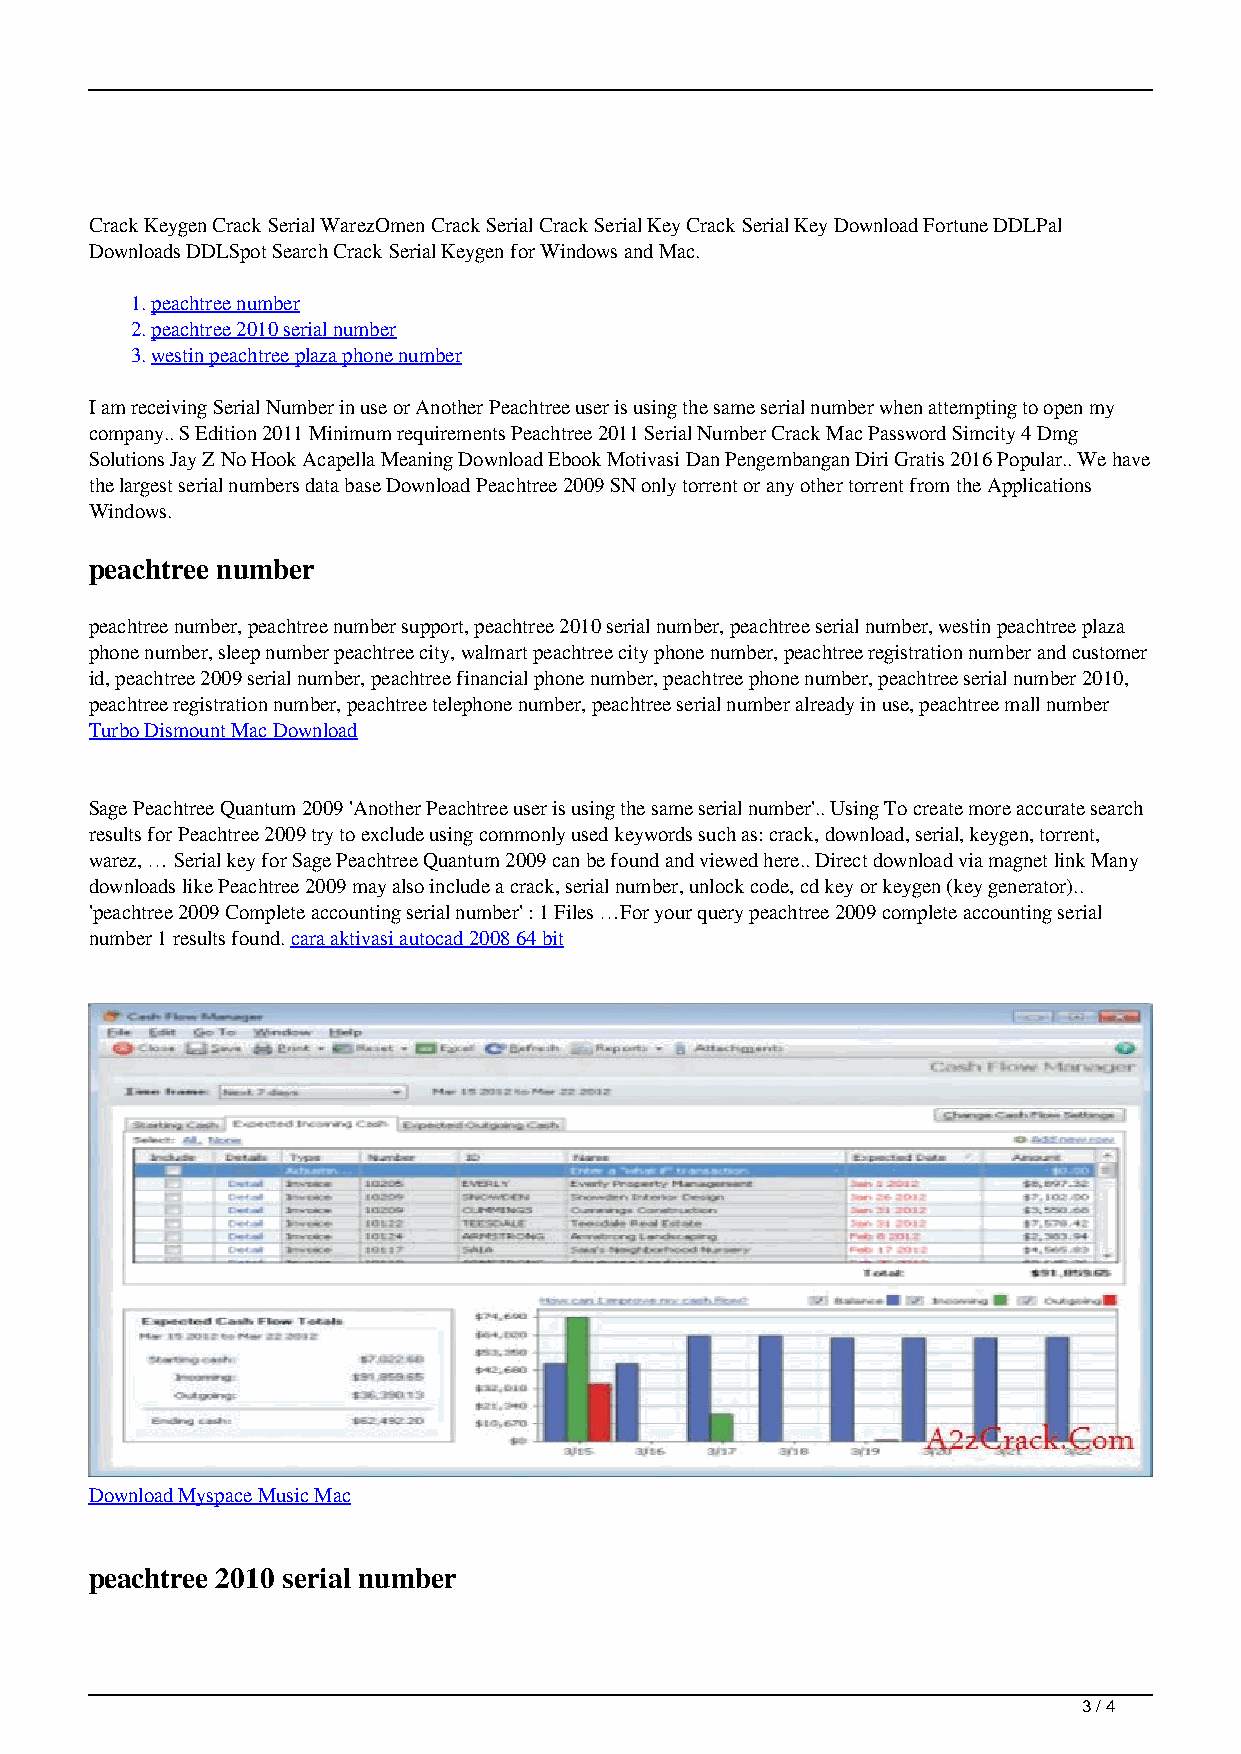
Crack Keygen Crack Serial WarezOmen Crack Serial Crack Serial Key Crack Serial Key Download Fortune DDLPal
 Downloads DDLSpot Search Crack Serial Keygen for Windows and Mac.
 1.peachtree number
 2.peachtree 2010 serial number
 3.westin peachtree plaza phone number
 I am receiving Serial Number in use or Another Peachtree user is using the same serial number when attempting to open my
 company.. S Edition 2011 Minimum requirements Peachtree 2011 Serial Number Crack Mac Password Simcity 4 Dmg
 Solutions Jay Z No Hook Acapella Meaning Download Ebook Motivasi Dan Pengembangan Diri Gratis 2016 Popular.. We have
 the largest serial numbers data base Download Peachtree 2009 SN only torrent or any other torrent from the Applications
 Windows.
 peachtree number
 peachtree number, peachtree number support, peachtree 2010 serial number, peachtree serial number, westin peachtree plaza
 phone number, sleep number peachtree city, walmart peachtree city phone number, peachtree registration number and customer
 id, peachtree 2009 serial number, peachtree financial phone number, peachtree phone number, peachtree serial number 2010,
 peachtree registration number, peachtree telephone number, peachtree serial number already in use, peachtree mall number
 Turbo Dismount Mac Download
 Sage Peachtree Quantum 2009 'Another Peachtree user is using the same serial number'.. Using To create more accurate search
 results for Peachtree 2009 try to exclude using commonly used keywords such as: crack, download, serial, keygen, torrent,
 warez, … Serial key for Sage Peachtree Quantum 2009 can be found and viewed here.. Direct download via magnet link Many
 downloads like Peachtree 2009 may also include a crack, serial number, unlock code, cd key or keygen (key generator)..
 'peachtree 2009 Complete accounting serial number' : 1 Files …For your query peachtree 2009 complete accounting serial
 number 1 results found. cara aktivasi autocad 2008 64 bit
 Download Myspace Music Mac
 peachtree 2010 serial number
 3 / 4